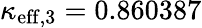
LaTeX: \kappa_{\mathrm{eff},3}=0.860387